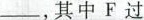
____其中F过